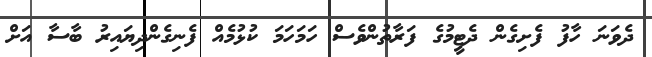
ދެވަނަ ހާފު ފެށިގެން ދެޓީމުގެ ފަރާތުންވެސް ހަމަހަމަ ކުޅުމެއް ފެނިގެންދިޔައިރު ބާސާ އަށް